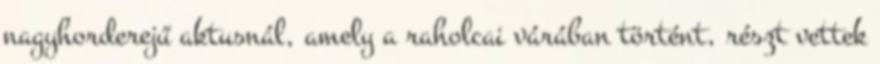
nagyhorderejű aktusnál, amely a raholcai várában történt, részt vettek